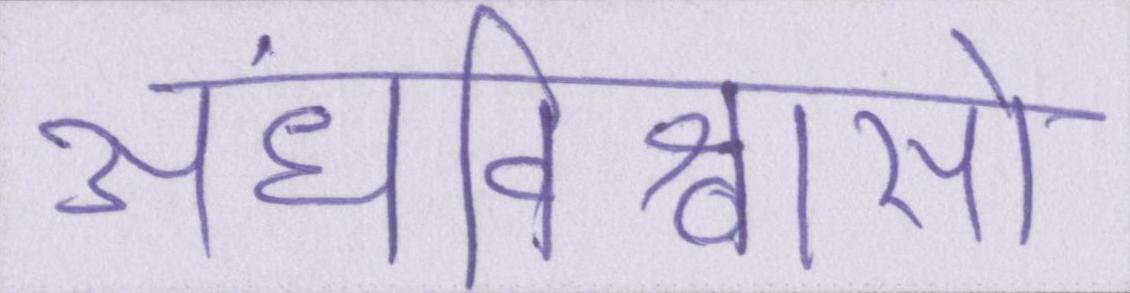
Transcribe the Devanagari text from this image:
अंधविश्वासों